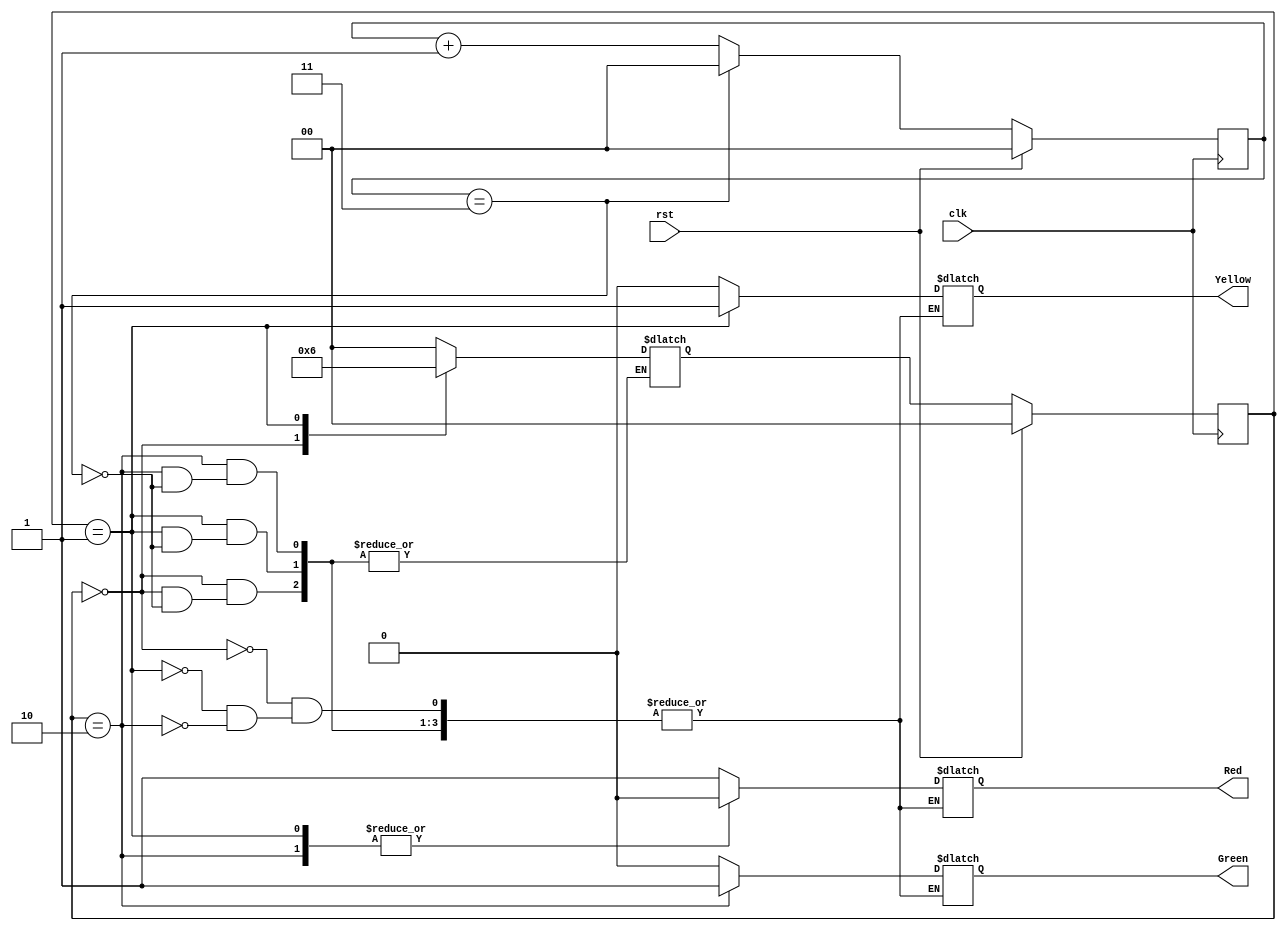
module light (clk,rst,Red,Yellow,Green);

    input wire clk;
    input wire rst;

    output reg Red;
    output reg Yellow;
    output reg Green;

    reg [1:0] count3;

    localparam RED = 2'b00;
    localparam YELLOW = 2'b01;
    localparam GREEN = 2'b10;

    reg [1:0]state;
    reg [1:0]nextstate;

    always @(posedge clk ) begin
        if (rst) begin
            state <= RED;
            count3 <= 1'b0;
        end
        else begin
            state <= nextstate;
            if (count3 == 2'b11) begin
                count3 <= 2'b0;
            end
            else begin
                count3 <= count3 +1;
            end
        end
    end

    always @(*)begin
        case (state)
            RED :begin
                if (count3 == 2'b11) begin
                nextstate = YELLOW;
                Red = 1'b1;
                Yellow = 1'b0;
                Green = 1'b0;
                end
            end 
            YELLOW : begin
                if (count3 == 2'b11) begin
                nextstate = GREEN;
                Red = 1'b0;
                Yellow = 1'b1;
                Green = 1'b0;
                end
            end 
            GREEN : begin
                if (count3 == 2'b11) begin
                nextstate = RED;
                Red = 1'b0;
                Yellow = 1'b0;
                Green = 1'b1;
                end
            end 
            
            default : nextstate = RED;
        endcase
    end

  /*  always @(state)begin
        Red = 1'b0;
        Yellow = 1'b0;
        Green = 1'b0;
        if (state == RED)begin
            Red = 1'b1;
        end
        else if (state == YELLOW)begin
            Yellow = 1'b1;
        end
        else if (state == GREEN)begin
            Green=1'b1;
        end
    end*/
    
endmodule